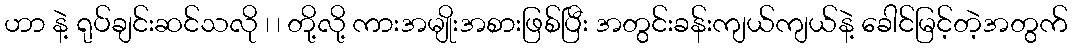
ဟာ နဲ့ ရုပ်ချင်းဆင်သလို ၊ ၊ တို့လို့ ကားအမျိုးအစားဖြစ်ပြီး အတွင်းခန်းကျယ်ကျယ်နဲ့ ခေါင်မြင့်တဲ့အတွက်